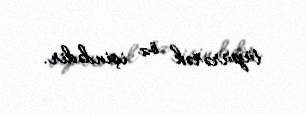
tüpürərək öz işindədir.